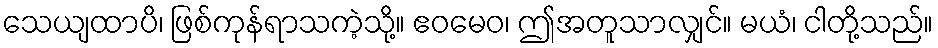
သေယျထာပိ၊ ဖြစ်ကုန်ရာသကဲ့သို့။ ဧဝမေဝ၊ ဤအတူသာလျှင်။ မယံ၊ ငါတို့သည်။